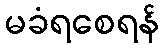
မခံရစေရန်